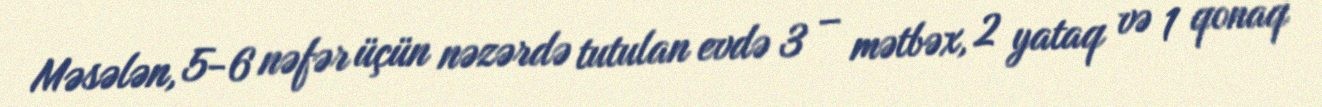
Məsələn, 5-6 nəfər üçün nəzərdə tutulan evdə 3 – mətbəx, 2 yataq və 1 qonaq